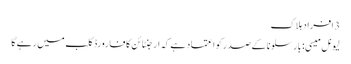
3 افراد ہلاک
لیونل میسی: بارسلونا کے صدر کو اعتماد ہے کہ ارجنٹائن کا فارورڈ کلب میں رہے گا